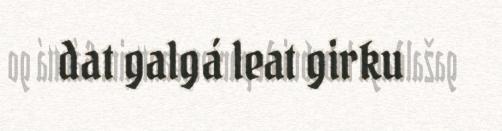
dat galgá leat girku